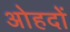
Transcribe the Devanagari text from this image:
अोहदों